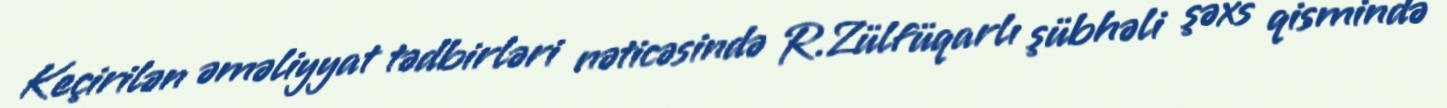
Keçirilən əməliyyat tədbirləri nəticəsində R.Zülfüqarlı şübhəli şəxs qismində